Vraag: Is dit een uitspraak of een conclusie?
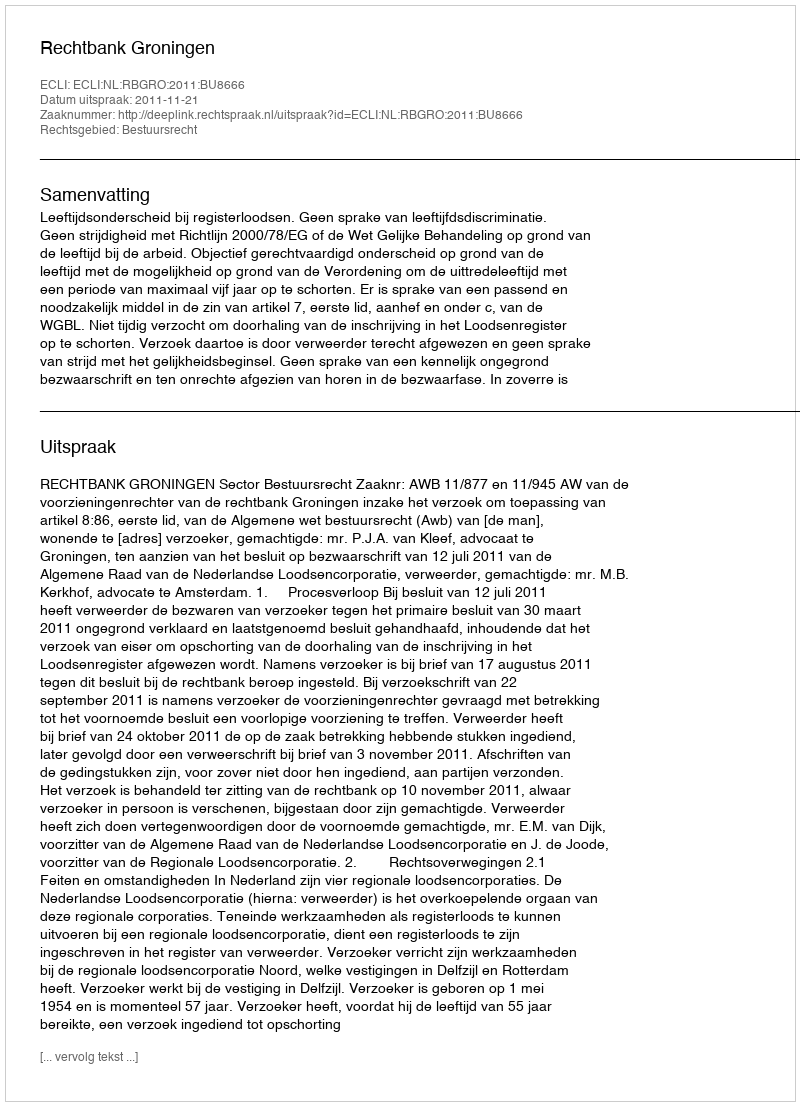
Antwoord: Uitspraak